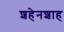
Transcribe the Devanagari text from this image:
शहेनशाह